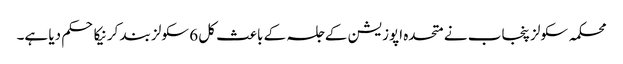
محکمہ سکولز پنجاب نے متحدہ اپوزیشن کے جلسہ کے باعث کل 6 سکولز بند کرنیکا حکم دیا ہے۔